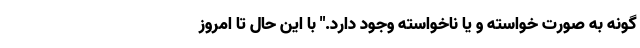
گونه به صورت خواسته و یا ناخواسته وجود دارد." با این حال تا امروز